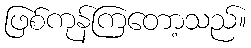
ဖြစ်ကုန်ကြတော့သည်။